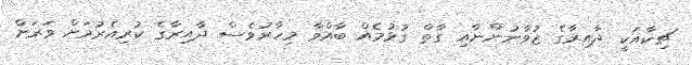
ޗިކާއަކީ ދާއިރާގެ ޒުވާނުންނާއި ގާތް ގުޅުމެއް ބާއްވާ މިހާރުވެސް ދާއިރާގެ ކުރިއެރުމަށް ވަރަށް